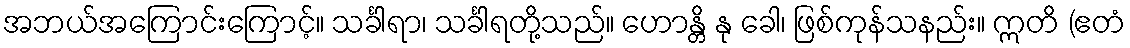
အဘယ်အကြောင်းကြောင့်။ သင်္ခါရာ၊ သင်္ခါရတို့သည်။ ဟောန္တိ နု ခေါ၊ ဖြစ်ကုန်သနည်း။ ဣတိ (ဧတံ